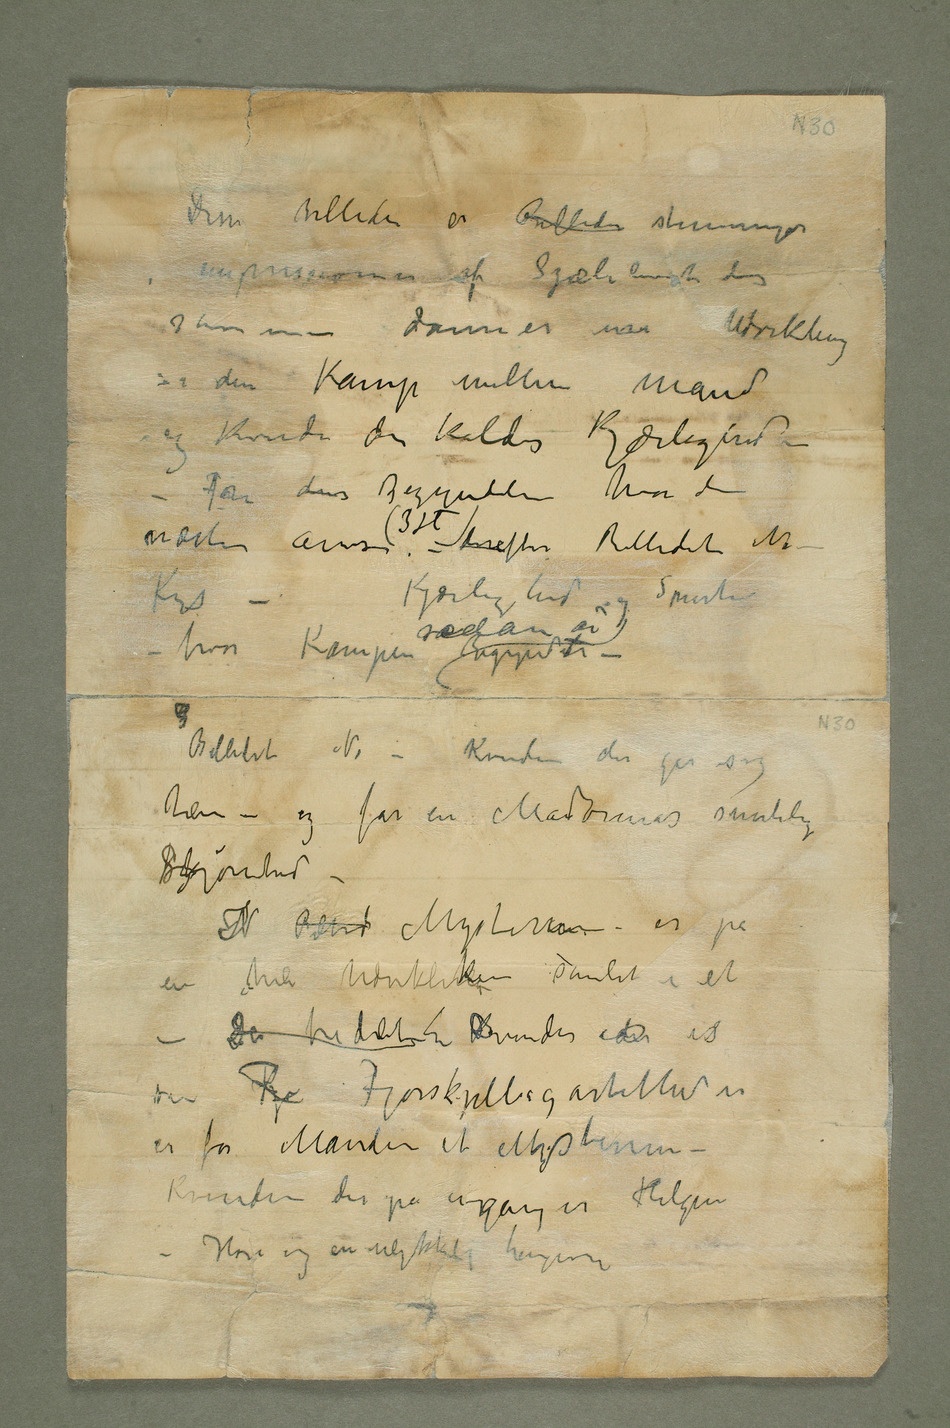
Disse billeder er Billeder stemninger
danner en Udvikling
i den Kamp mellem Mand
og Kvinde der kaldes Kjærlighed – –
Fra dens Begyndelse hvor den
næsten avvises (3 st) – derefter Billedet No
– Kys –Kjærlighed og Smerte
– hvor Kampen sådan er Begyndert
– Billedet No – Kvinden der gir sig
hen – og får en Madonnas smertelige
en hel Udvikling samlet i et
– Da billedet DKvinden der is
sin  Fjorskjelligartethed er
er for Manden et Mysterium –
Kvinden der på engang er Helgen
– Hore og en ulykkelig hengiven